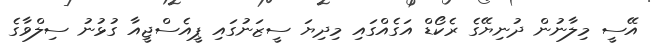
އޭސީ މިލާނުން ދުނިޔޭގެ ރެކޯޑް އަގެއްގައި މިދިޔަ ސީޒަނުގައި ޕީއެސްޖީއާ ގުޅުނު ސިލްވާގެ